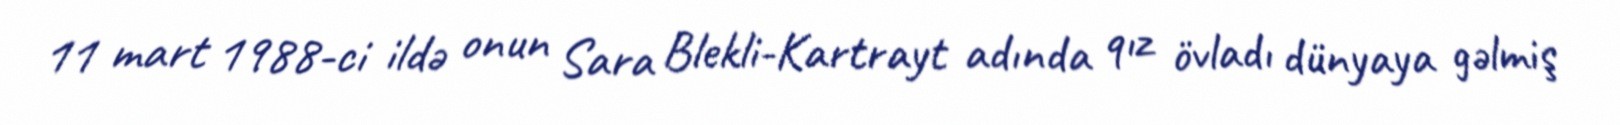
11 mart 1988-ci ildə onun Sara Blekli-Kartrayt adında qız övladı dünyaya gəlmiş